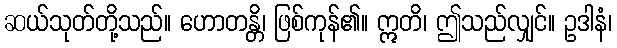
ဆယ်သုတ်တို့သည်။ ဟောတန္တိ၊ ဖြစ်ကုန်၏။ ဣတိ၊ ဤသည်လျှင်။ ဥဒါနံ၊